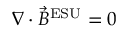
\nabla \cdot { \vec { B } } ^ { \mathrm { E S U } } = 0